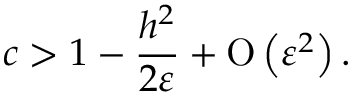
c > 1 - \frac { h ^ { 2 } } { 2 \varepsilon } + \ensuremath { \operatorname { O } \left( \varepsilon ^ { 2 } \right) } .